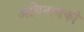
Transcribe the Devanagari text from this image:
अधिनायको